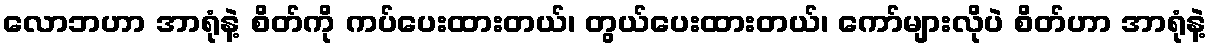
လောဘဟာ အာရုံနဲ့ စိတ်ကို ကပ်ပေးထားတယ်၊ တွယ်ပေးထားတယ်၊ ကော်များလိုပဲ စိတ်ဟာ အာရုံနဲ့